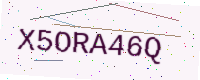
Text: X5ORA46Q